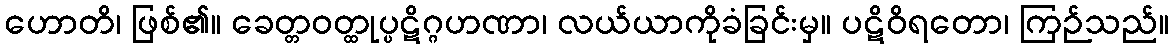
ဟောတိ၊ ဖြစ်၏။ ခေတ္တဝတ္ထုပ္ပဋိဂ္ဂဟဏာ၊ လယ်ယာကိုခံခြင်းမှ။ ပဋိဝိရတော၊ ကြဉ်သည်။